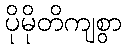
ပိုမိုတိကျစွာ